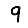
Digit: 9